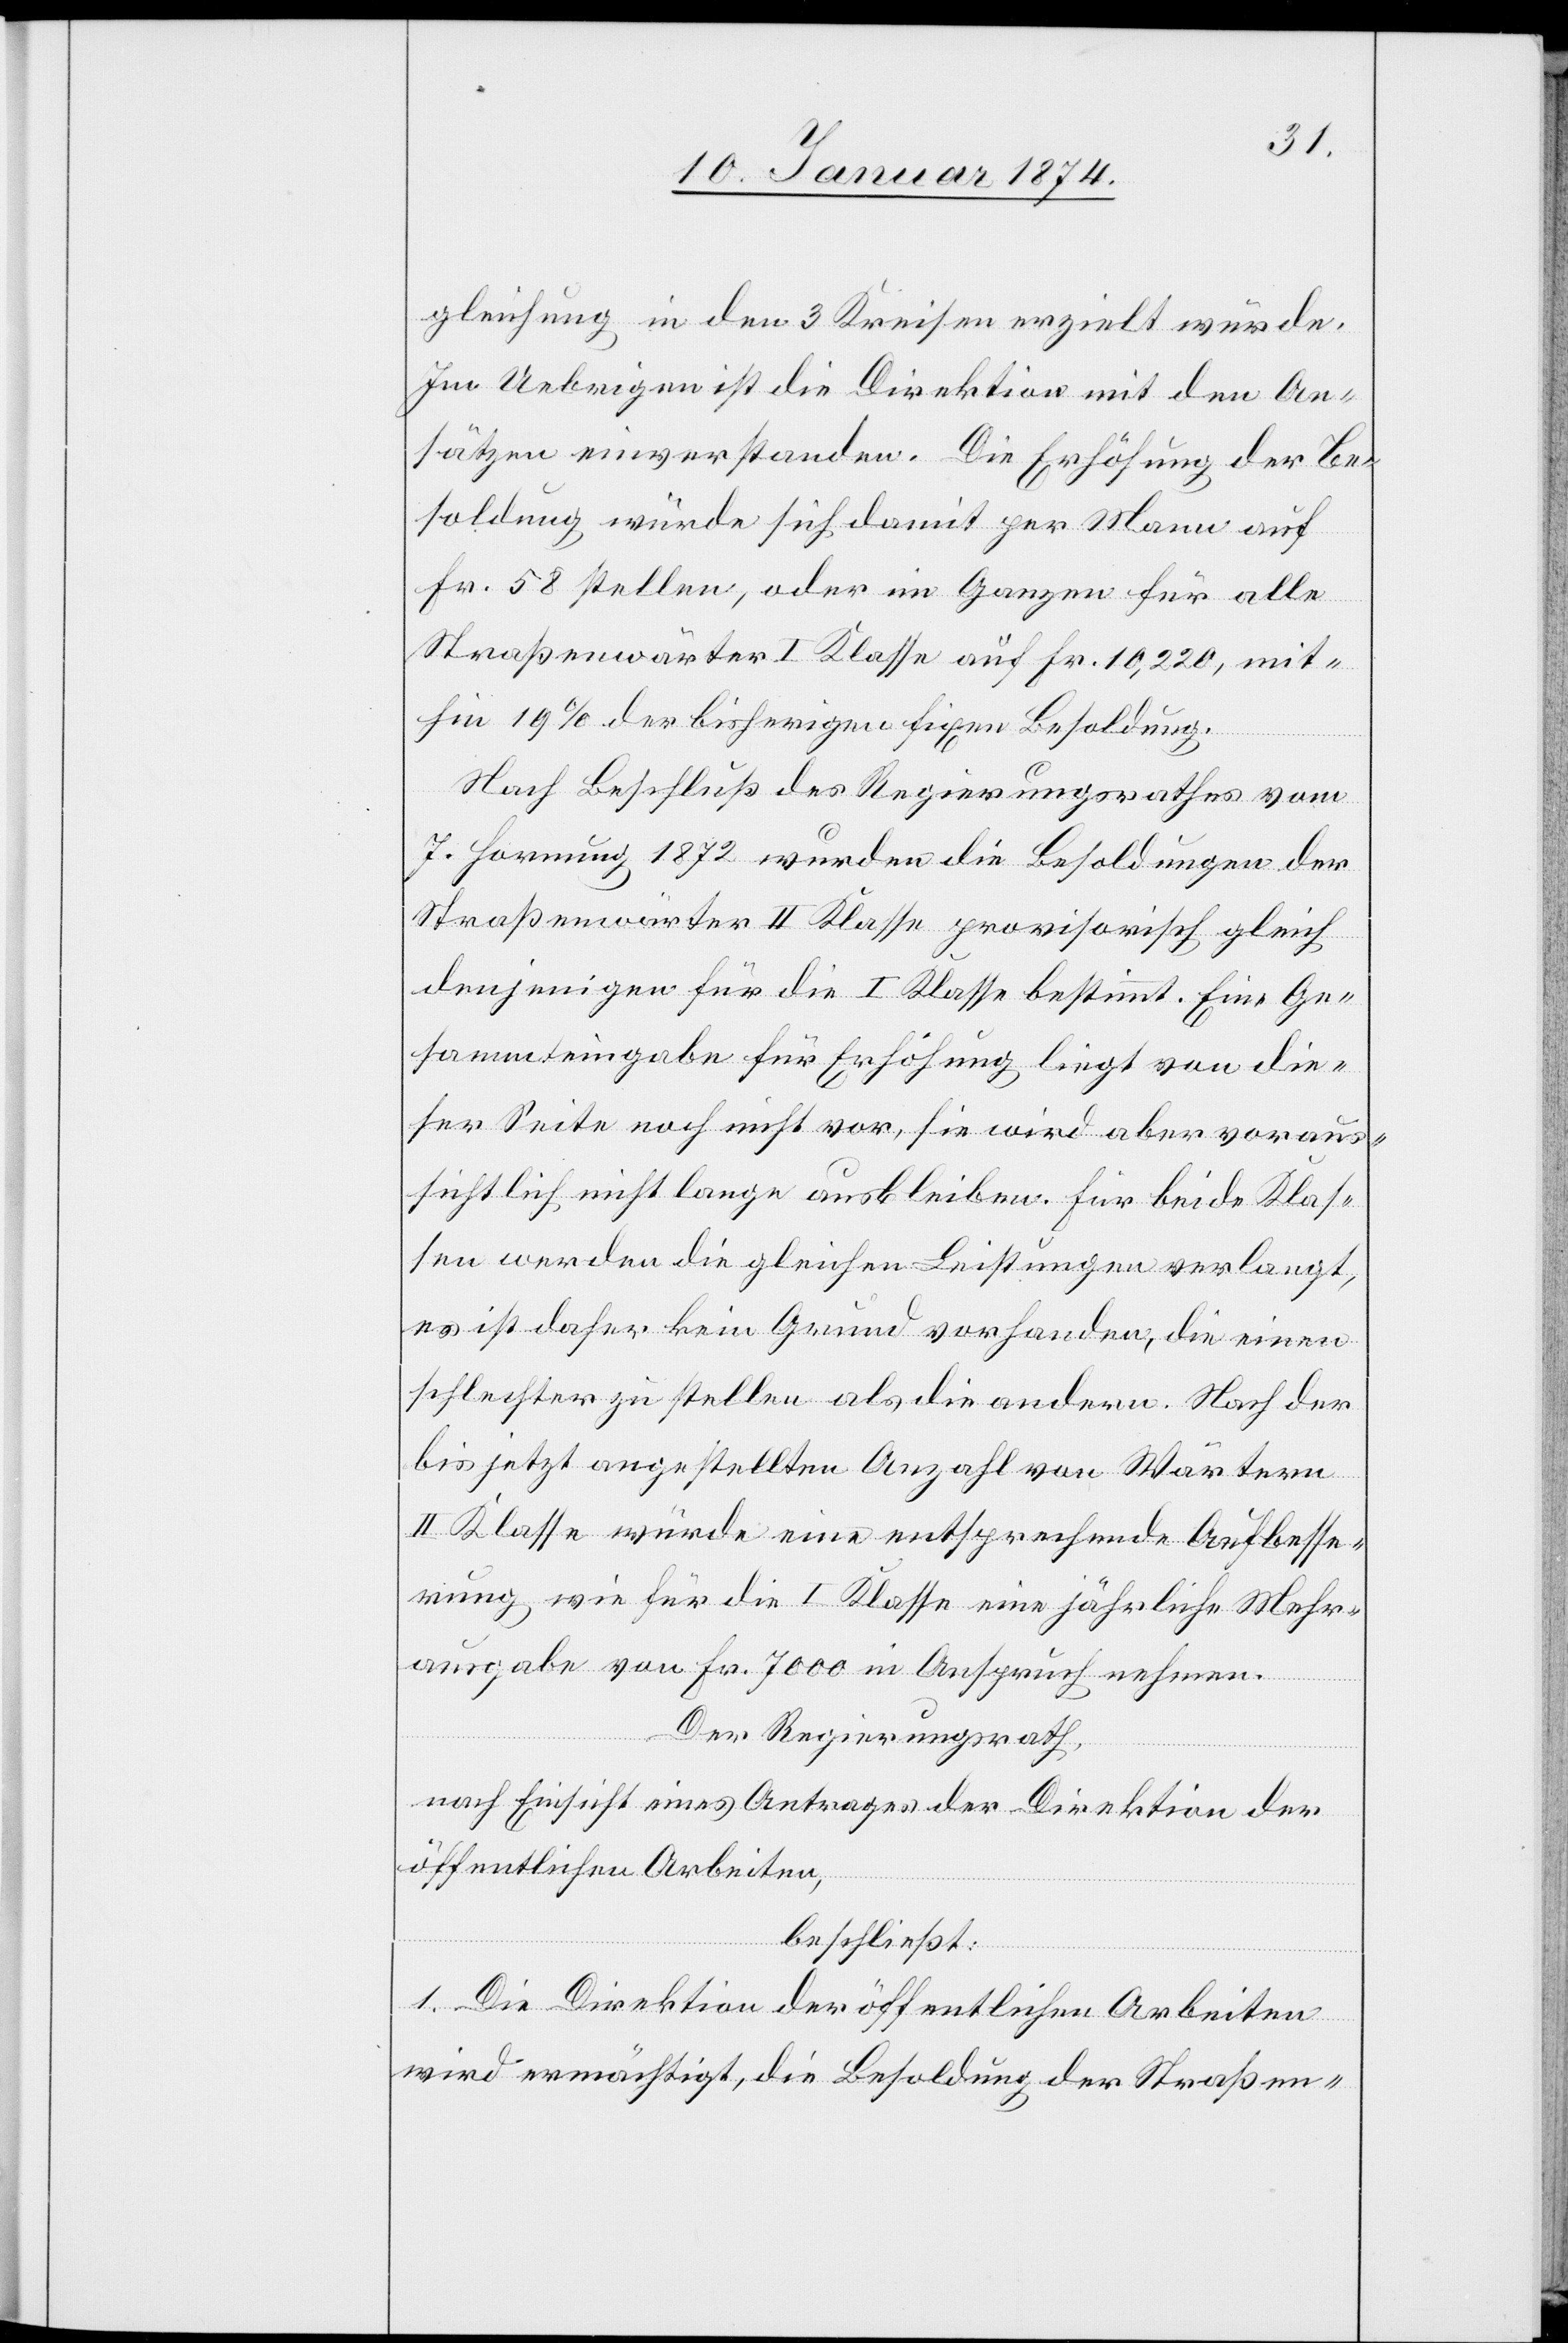
gleichung in den 3 Kreisen erzielt würde.
Im Uebrigen ist die Direktion mit den An¬
sätzen einverstanden. Die Erhöhung der Be¬
soldung würde sich damit per Mann auf
Fr. 58 stellen, oder im Ganzen für alle
Straßenwärter I Klasse auf Fr. 10,220, mit¬
hin 19% der bisherigen fixen Besoldung.
Nach Beschluß des Regierungsrathes vom
7. Hornung 1872 wurden die Besoldungen der
Straßenwärter II Klasse provisorisch gleich
denjenigen für die I Klasse bestimmt. Eine Ge¬
sammteingabe für Erhöhung liegt von die¬
ser Seite noch nicht vor, sie wird aber voraus¬
sichtlich nicht lange ausbleiben. Für beide Klas¬
sen werden die gleichen Leistungen verlangt,
es ist daher kein Grund vorhanden, die einen
schlechter zu stellen als die andern. Nach der
bis jetzt angestellten Anzahl von Wärtern
II Klasse würde eine entsprechende Aufbesse¬
rung wie für die I Klasse eine jährliche Mehr¬
ausgabe von Fr. 7000 in Anspruch nehmen.
Der Regierungsrath,
nach Einsicht eines Antrages der Direktion der
öffentlichen Arbeiten,
beschließt:
1. Die Direktion der öffentlichen Arbeiten
wird ermächtigt, die Besoldung der Straßen-